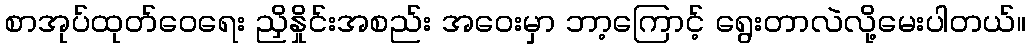
စာအုပ်ထုတ်ဝေရေး ညှိနှိုင်းအစည်း အဝေးမှာ ဘာ့ကြောင့် ရွေးတာလဲလို့မေးပါတယ်။